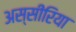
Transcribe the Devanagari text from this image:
अस्सीरिया